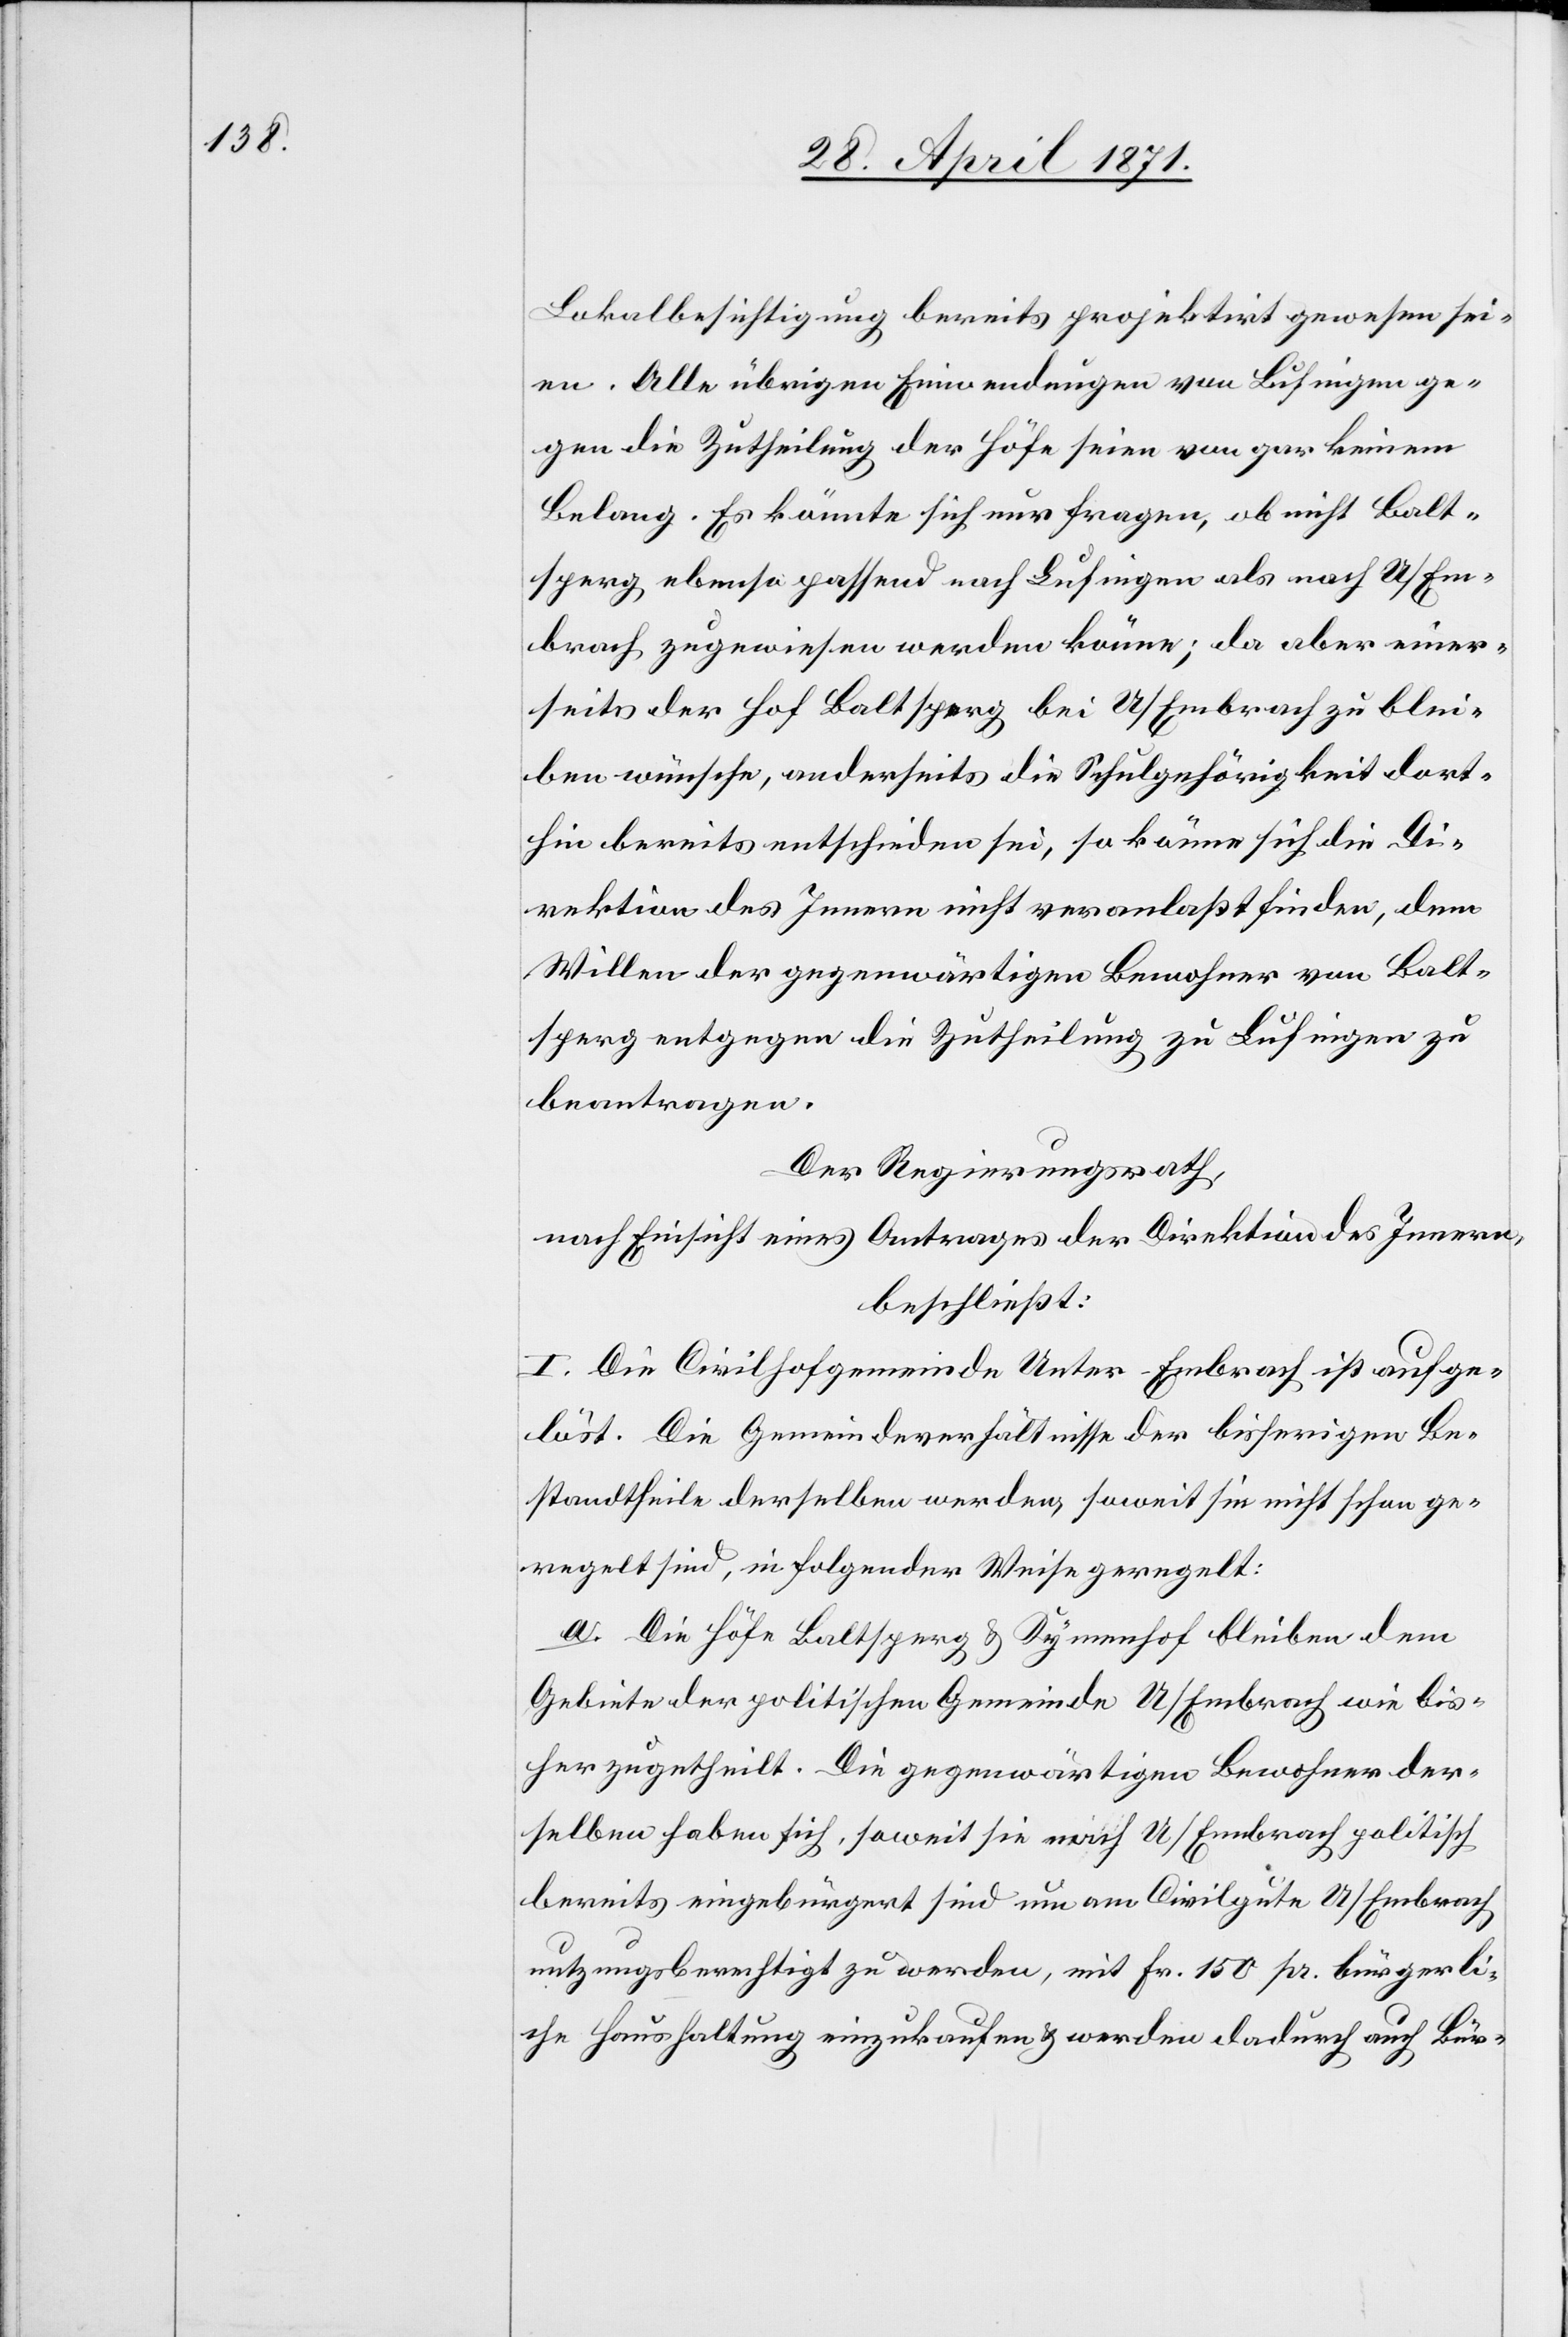
Lokalbesichtigung bereits projektirt gewesen sei¬
en. Alle übrigen Einwendungen von Lufingen ge¬
gen die Zutheilung der Höfe seien von gar keinem
Belang. Es könnte sich fragen, ob nicht Balt¬
sperg ebenso passend nach Lufingen als nach U/Em¬
brach zugewiesen werden könne; da aber einer¬
seits der Hof Baltsperg bei U/Embrach zu blei¬
ben wünsche, anderseits die Schulgehörigkeit dort¬
hin bereits entschieden sei, so könne sich die Di¬
rektion des Innern nicht veranlaßt finden, dem
Willen der gegenwärtigen Bewohner von Balt¬
sperg entgegen die Zutheilung zu Lufingen zu
beantragen.
Der Regierungsrath,
nach Einsicht eines Antrages der Direktion des Innern,
beschließt:
I. Die Civilhofgemeinde Unter-Embrach ist aufge¬
löst. Die Gemeindeverhältnisse der bisherigen Be¬
standtheile derselben werden, soweit sie nicht schon ge¬
regelt sind, in folgender Weise geregelt:
a. Die Höfe Baltsperg u. Kymenhof bleiben im
Gebiete der politischen Gemeinde U/Embrach wie bis¬
her zugetheilt. Die gegenwärtigen Bewohner der¬
selben haben sich, soweit sie nach U/Embrach politisch
bereits eingebürgert sind um am Civilgute U/Embrach
nutzungsberechtigt zu werden, mit Fr. 150 pr. bürgerli¬
che Haushaltung einzukaufen u. werden dadurch auch Bür-